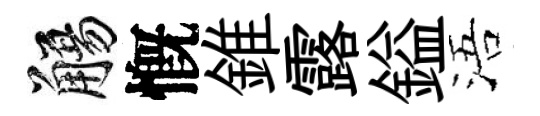
觴慨錐露鎰浯